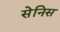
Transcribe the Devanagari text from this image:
सेनिस